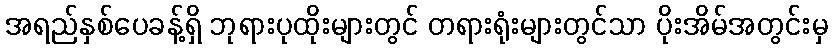
အရည်နှစ်ပေခန့်ရှိ ဘုရားပုထိုးများတွင် တရားရုံးများတွင်သာ ပိုးအိမ်အတွင်းမှ